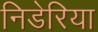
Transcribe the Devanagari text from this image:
निडेरिया